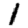
Digit: 1